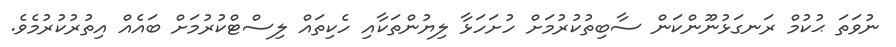
ނުވަތަ ޙުކުމް ރަނގަޅުނޫންކަން ސާބިތުކުރުމަށް ހުށަހަޅާ ލިޔުންތަކާއި ހެކިތައް ލިސްޓްކުރުމަށް ބައެއް އިތުރުކުރުމެވެ.